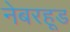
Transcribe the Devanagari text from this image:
नेबरहूड